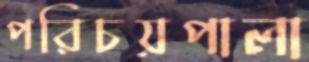
পরিচয়পালা